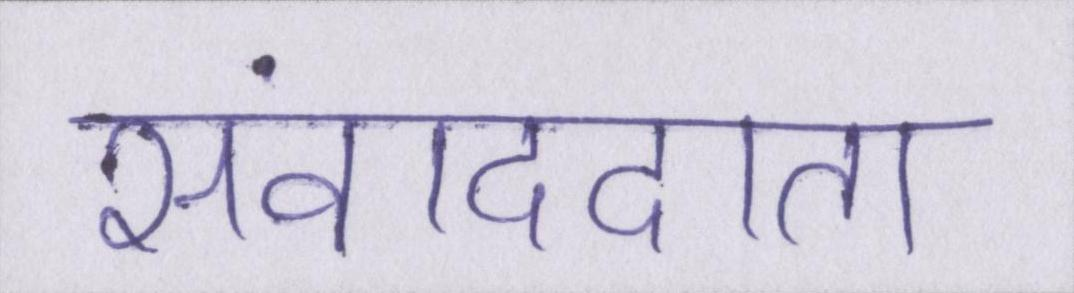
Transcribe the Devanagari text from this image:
संवाददाता